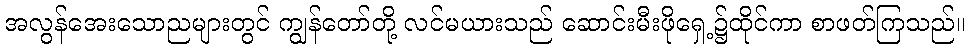
အလွန်အေးသောညများတွင် ကျွန်တော်တို့ လင်မယားသည် ဆောင်းမီးဖိုရှေ့၌ထိုင်ကာ စာဖတ်ကြသည်။